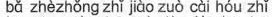
bǎ zhèzhng zhǐ jiào zuò cài hóu zhǐ